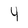
Character: 4